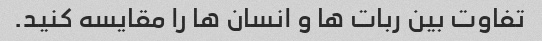
تفاوت بین ربات ها و انسان ها را مقایسه کنید.